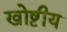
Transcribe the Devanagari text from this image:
खोष्टीय